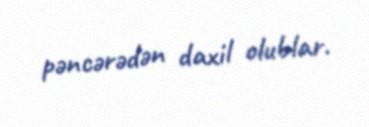
pəncərədən daxil olublar.